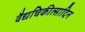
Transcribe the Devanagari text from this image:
वैद्यचिकीत्सादिन